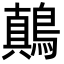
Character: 鷏